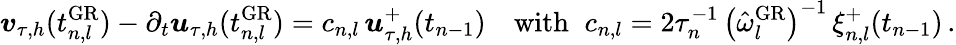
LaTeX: \boldsymbol v_{\tau,h}(t_{n,l}^{\mathrm{GR}})-\partial_{t}\boldsymbol u_{\tau,h}(t_{n,l}^{\mathrm{GR}})=c_{n,l}\, \boldsymbol u_{\tau,h}^{+}(t_{n-1})\quad\mathrm{with}\; \; c_{n,l}=2\tau_{n}^{-1}\, \left(\hat{\omega}_{l}^{\mathrm{GR}}\right)^{-1}\, \xi_{n,l}^{+}(t_{n-1})\, .